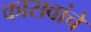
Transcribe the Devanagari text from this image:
कासवांचे